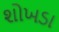
શોખડા